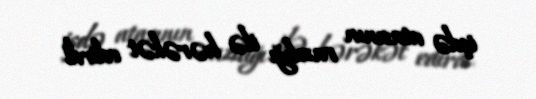
işdə atasının razılığı ilə hərəkət edirdi.